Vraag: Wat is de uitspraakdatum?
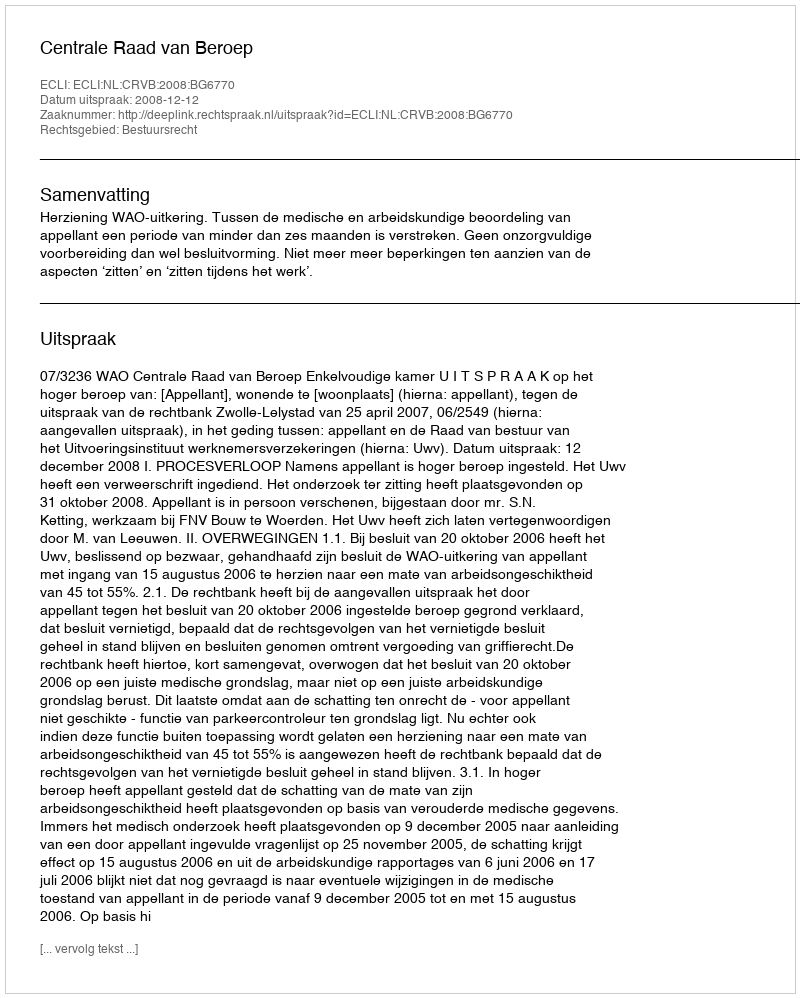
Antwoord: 2008-12-12